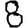
Digit: 8